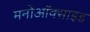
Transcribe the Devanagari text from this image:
मनोऑक्‍साइड